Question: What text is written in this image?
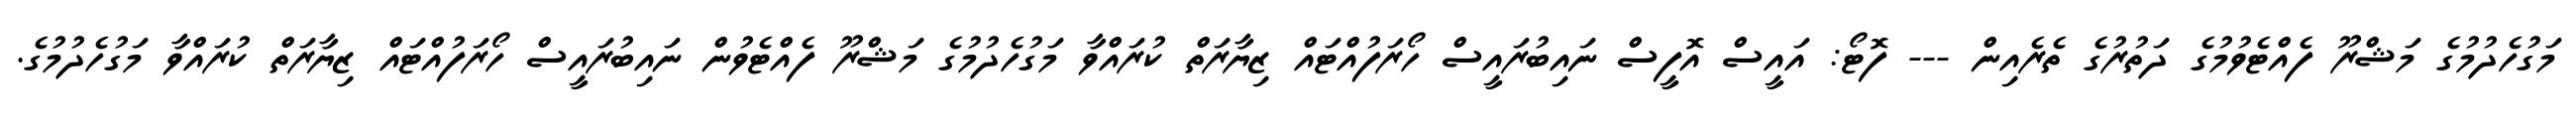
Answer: މަގުހެދުމުގެ މަޝްރޫ ފެއްޓެވުމުގެ ދަތުރުގެ ތެރެއިން --- ފޮޓޯ: އައީސް އޮފީސް ނައިބުރައީސް ހޯރަފުއްޓައް ޒިޔާރަތް ކުރައްވާ މަގުހެދުމުގެ މަޝްރޫ ފެއްޓެވުން ނައިބުރައީސް ހޯރަފުއްޓައް ޒިޔާރަތް ކުރައްވާ މަގުހެދުމުގެ.